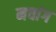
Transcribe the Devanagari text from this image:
मचांग